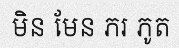
មិន មែន ភរ ភូត